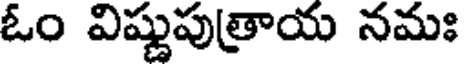
ఓం విష్ణుపుత్రాయ నమః